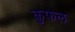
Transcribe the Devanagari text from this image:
कुफल